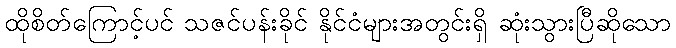
ထိုစိတ်ကြောင့်ပင် သဇင်ပန်းခိုင် နိုင်ငံများအတွင်းရှိ ဆုံးသွားပြီဆိုသော